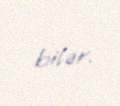
bilər.